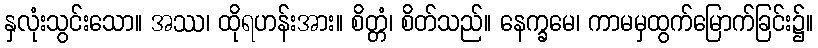
နှလုံးသွင်းသော။ အဿ၊ ထိုရဟန်းအား။ စိတ္တံ၊ စိတ်သည်။ နေက္ခမေ၊ ကာမမှထွက်မြောက်ခြင်း၌။